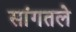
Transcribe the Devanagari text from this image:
सांगतले